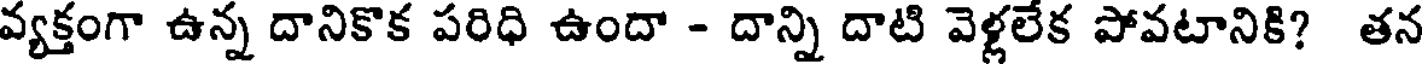
వ్యక్తంగా ఉన్న దానికొక పరిధి ఉందా - దాన్ని దాటి వెళ్లలేక పోవటానికి? తన